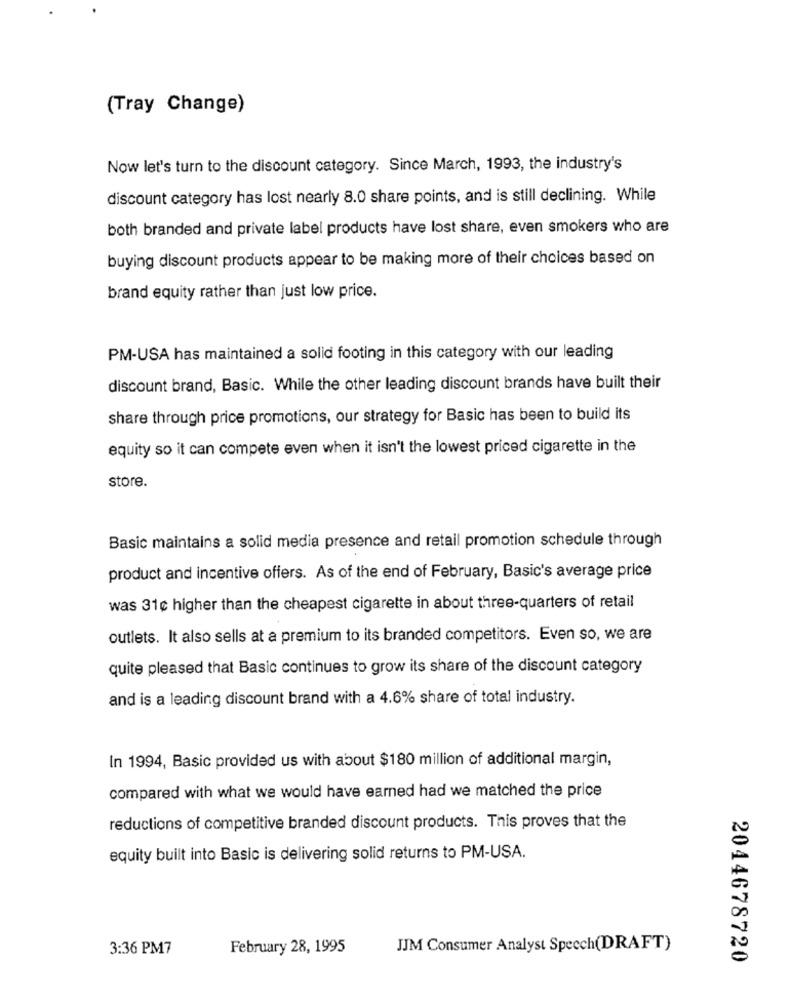
(Tray Change)
Now let's turn to the discount category. Since March, 1993, the industry's
discount category has lost nearly 8.0 share points, and is still declining. While
both branded and private label products have lost share, even smokers who are
buying discount products appear to be making more of their choices based on
brand equity rather than just low price.
PM-USA has maintained a solid footing in this category with our leading
discount brand, Basic. While the other leading discount brands have built their
share through price promotions, our strategy for Basic has been to build its
equity so it can compete even when it isn't the lowest priced cigarette in the
store.
Basic maintains a solid media presence and retail promotion schedule through
product and incentive offers. As of the end of February, Basic's average price
was 31c higher than the cheapest cigarette in about three-quarters of retail
outlets. It also sells at a premium to its branded competitors. Even so, we are
quite pleased that Basic continues to grow its share of the discount category
and is a leading discount brand with a 4.6% share of total industry.
In 1994, Basic provided us with about $180 million of additional margin,
compared with what we would have earned had we matched the price
reductions of competitive branded discount products. This proves that the
equity built into Basic is delivering solid returns to PM-USA.
3:36 PM7
February 28, 1995
JJM Consumer Analyst Speech(DRAFT)
2044678720